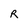
Character: R